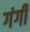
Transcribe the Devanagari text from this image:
गंगी